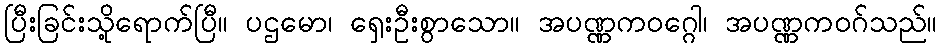
ပြီးခြင်းသို့ရောက်ပြီ။ ပဌမော၊ ရှေးဦးစွာသော။ အပဏ္ဏကဝဂ္ဂေါ၊ အပဏ္ဏကဝဂ်သည်။